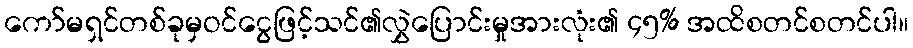
ကော်မရှင်တစ်ခုမှဝင်ငွေဖြင့်သင်၏လွှဲပြောင်းမှုအားလုံး၏ ၄၅% အထိစတင်စတင်ပါ။